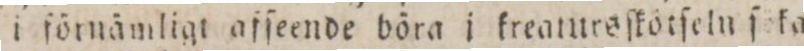
i förnämligt affeende böra i krealursſkötſeln ſ ka